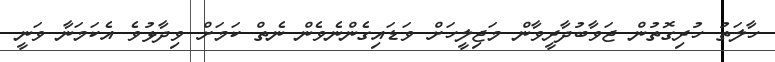
ހާލަތު ހުރިގޮތުން ޖަވާބުދާރީވާން މަޖިލީހަށް ވަޑައިގެންނެވެން ނެތް ކަމަށް ވިދާޅުވެ އެކަމަނާ ވަނީ